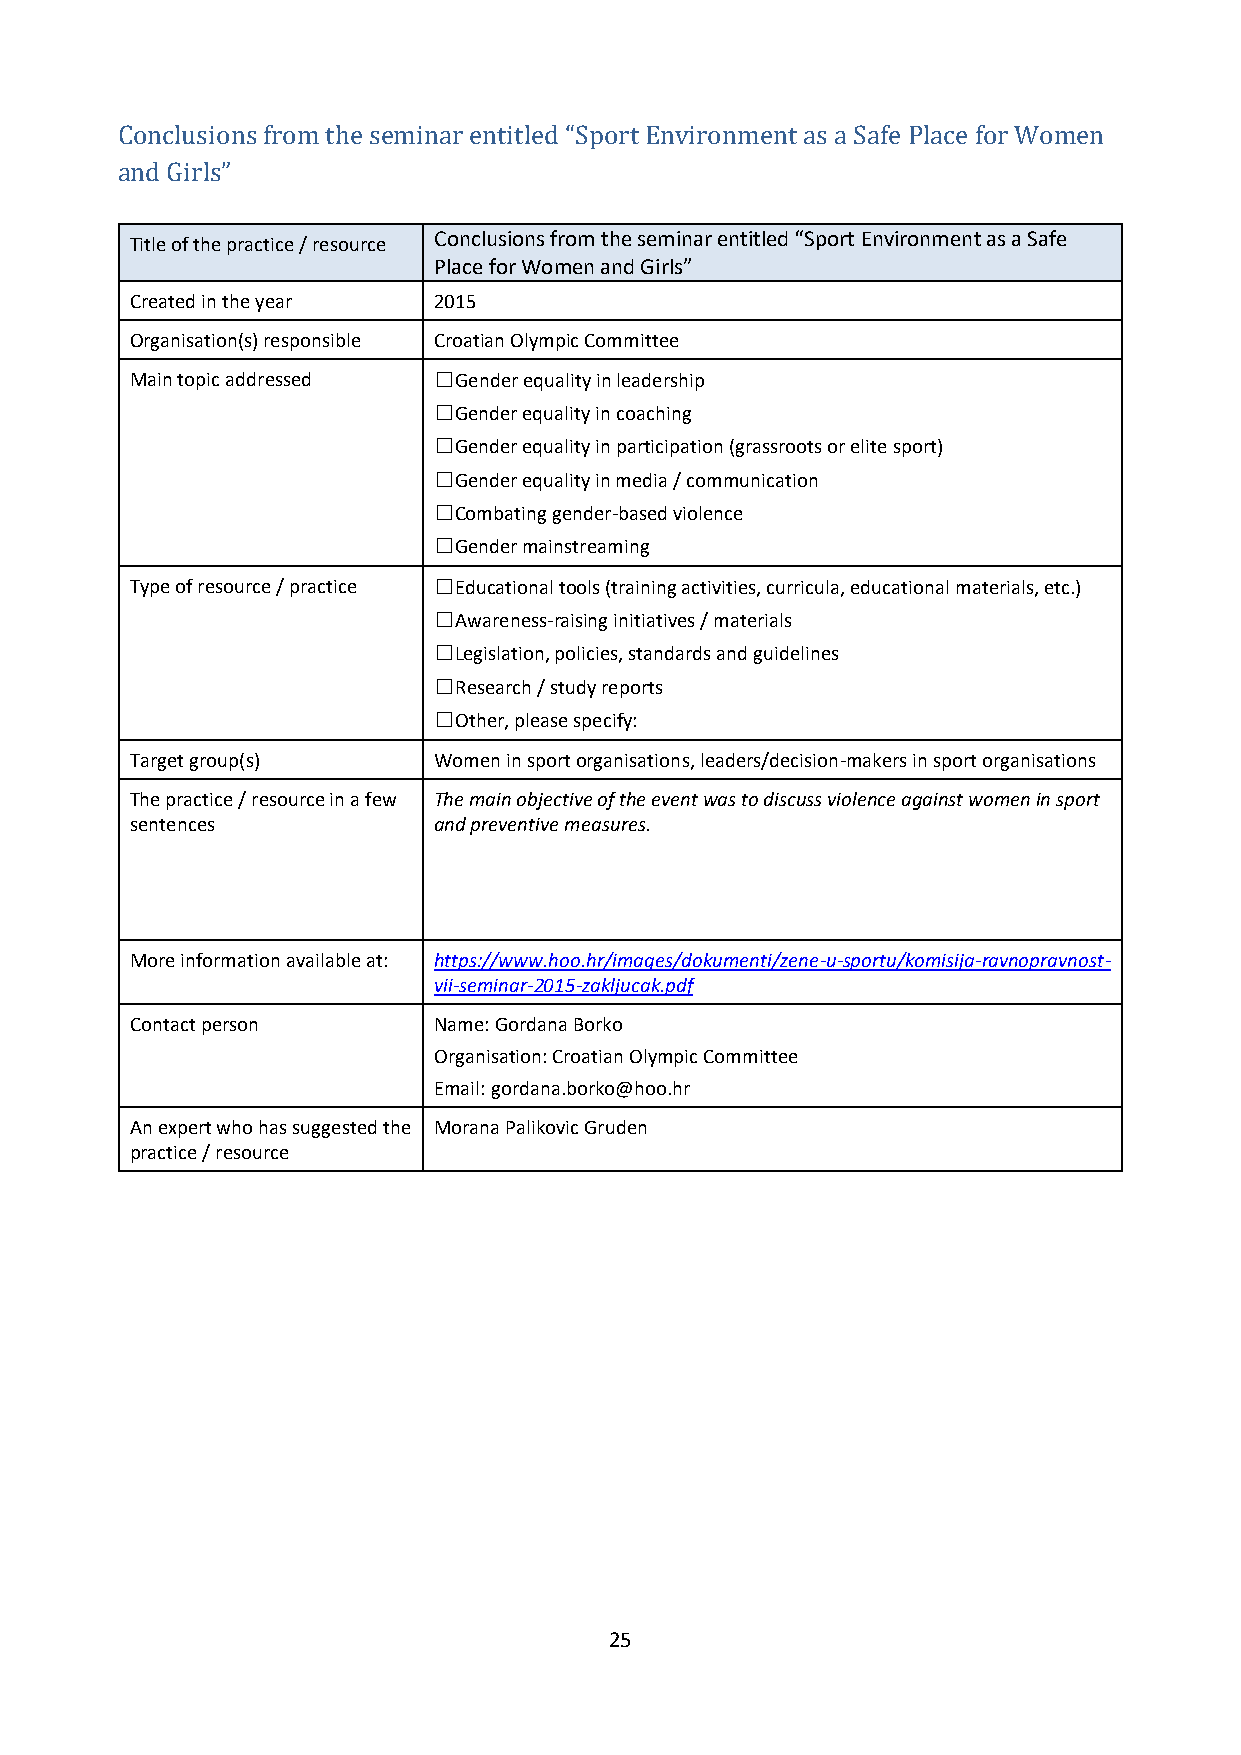
Conclusions from the seminar entitled “Sport Environment as a Safe Place for Women
 and Girls”
 Title of the practice / resource Conclusions from the seminar entitled “Sport Environment as a Safe
 Place for Women and Girls”
 Created in the year 2015
 Organisation(s) responsible Croatian Olympic Committee
 Main topic addressed ☐Gender equality in leadership
 ☐Gender equality in coaching
 ☐Gender equality in participation (grassroots or elite sport)
 ☐Gender equality in media / communication
 ☐Combating gender-based violence
 ☐Gender mainstreaming
 Type of resource / practice ☐Educational tools (training activities, curricula, educational materials, etc.)
 ☐Awareness-raising initiatives / materials
 ☐Legislation, policies, standards and guidelines
 ☐Research / study reports
 ☐Other, please specify:
 Target group(s)     Women in sport organisations, leaders/decision-makers in sport organisations
 The practice / resource in a few The main objective of the event was to discuss violence against women in sport
 sentences           and preventive measures.
 More information available at: https://www.hoo.hr/images/dokumenti/zene-u-sportu/komisija-ravnopravnost-
 vii-seminar-2015-zakljucak.pdf
 Contact person      Name: Gordana Borko
 Organisation: Croatian Olympic Committee
 Email: gordana.borko@hoo.hr
 An expert who has suggested the Morana Palikovic Gruden
 practice / resource
 25